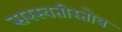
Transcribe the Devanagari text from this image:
सरस्वतीस्तोत्र